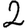
Digit: 2